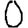
Digit: 0